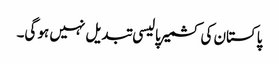
پاکستان کی کشمیر پالیسی تبدیل نہیں ہو گی۔